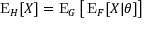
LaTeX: \operatorname { E } _ { H } [ X ] = \operatorname { E } _ { G } { \bigl [ } \operatorname { E } _ { F } [ X | \theta ] { \bigr ] }